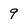
Character: 9